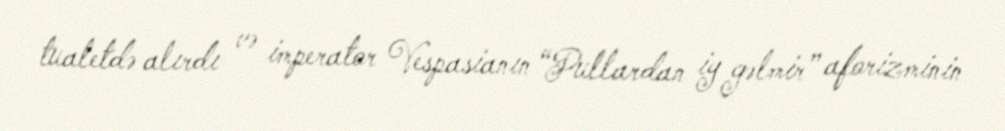
tualetdə alırdı və imperator Vespasianın “Pullardan iy gəlmir” aforizminin